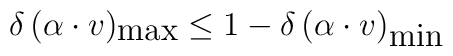
\delta\,(\alpha\cdot v)_{\mbox{max}}\leq 1-\delta\,(\alpha\cdot   v)_{\mbox{min}}